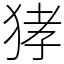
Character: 㹲